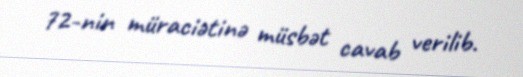
72-nin müraciətinə müsbət cavab verilib.